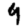
Digit: 9